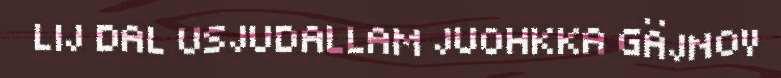
LIJ DAL USJUDALLAM JUOHKKA GÄJNOV